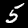
Label: 5